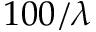
1 0 0 / \lambda